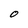
Character: O